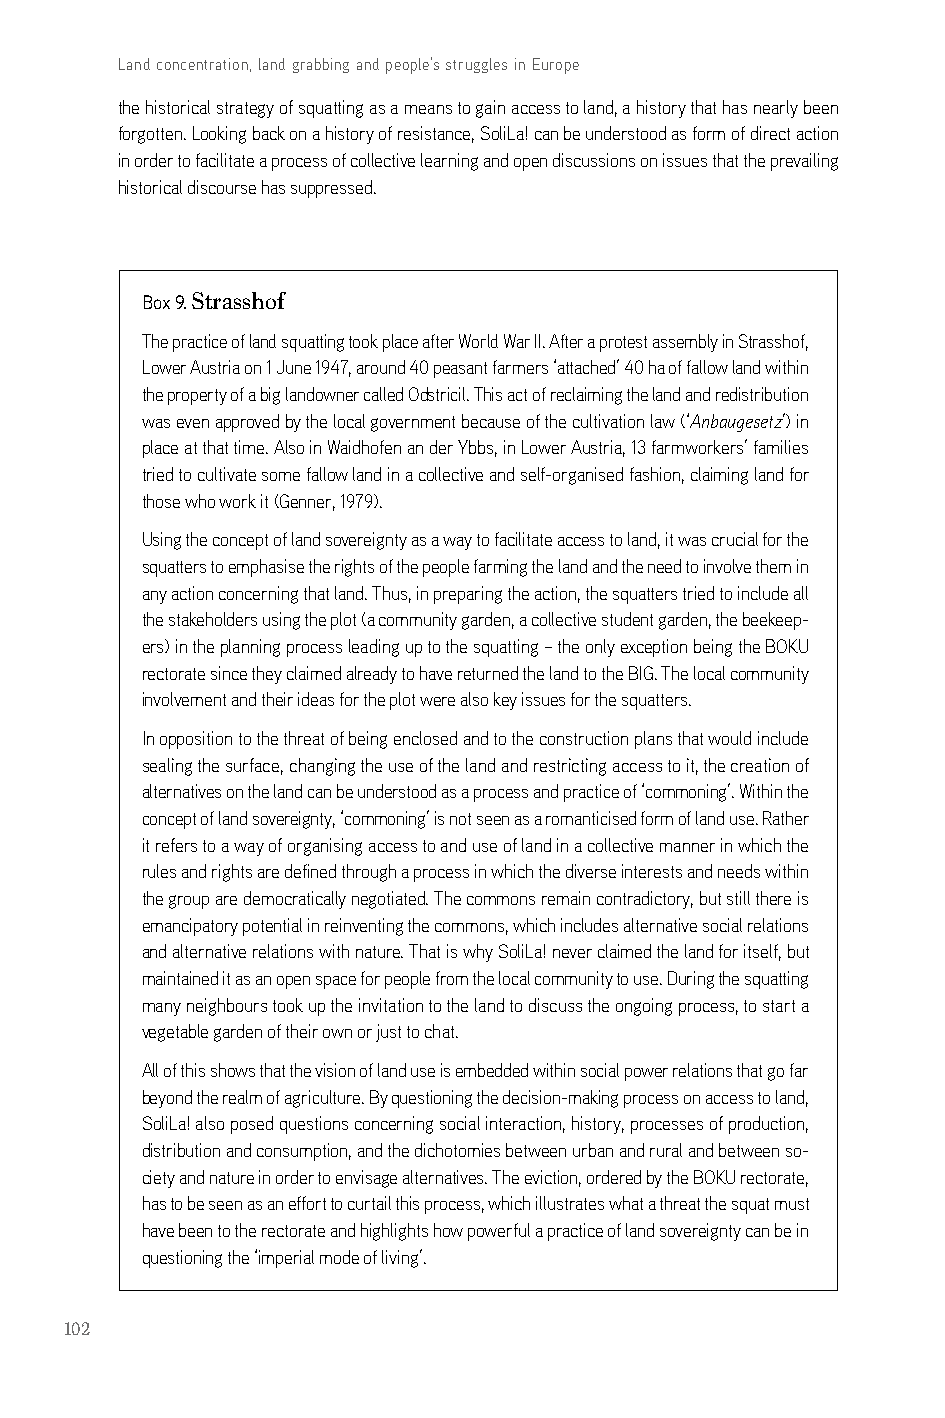
Land concentration, land grabbing and people’s struggles in Europe
 the historical strategy of squatting as a means to gain access to land, a history that has nearly been
 forgotten. looking back on a history of resistance, solila! can be understood as form of direct action
 in order to facilitate a process of collective learning and open discussions on issues that the prevailing
 historical discourse has suppressed.
 Box 9. Strasshof
 The practice of land squatting took place after World War ii. after a protest assembly in strasshof,
 lower austria on 1 June 1947, around 40 peasant farmers ‘attached’ 40 ha of fallow land within
 the property of a big landowner called odstricil. This act of reclaiming the land and redistribution
 was even approved by the local government because of the cultivation law (‘Anbaugesetz’) in
 place at that time. also in Waidhofen an der Ybbs, in lower austria, 13 farmworkers’ families
 tried to cultivate some fallow land in a collective and self-organised fashion, claiming land for
 those who work it (genner, 1979).
 Using the concept of land sovereignty as a way to facilitate access to land, it was crucial for the
 squatters to emphasise the rights of the people farming the land and the need to involve them in
 any action concerning that land. Thus, in preparing the action, the squatters tried to include all
 the stakeholders using the plot (a community garden, a collective student garden, the beekeep-
 ers) in the planning process leading up to the squatting – the only exception being the bokU
 rectorate since they claimed already to have returned the land to the big. The local community
 involvement and their ideas for the plot were also key issues for the squatters.
 in opposition to the threat of being enclosed and to the construction plans that would include
 sealing the surface, changing the use of the land and restricting access to it, the creation of
 alternatives on the land can be understood as a process and practice of ‘commoning’. Within the
 concept of land sovereignty, ‘commoning’ is not seen as a romanticised form of land use. rather
 it refers to a way of organising access to and use of land in a collective manner in which the
 rules and rights are defined through a process in which the diverse interests and needs within
 the group are democratically negotiated. The commons remain contradictory, but still there is
 emancipatory potential in reinventing the commons, which includes alternative social relations
 and alternative relations with nature. That is why solila! never claimed the land for itself, but
 maintained it as an open space for people from the local community to use. during the squatting
 many neighbours took up the invitation to the land to discuss the ongoing process, to start a
 vegetable garden of their own or just to chat.
 all of this shows that the vision of land use is embedded within social power relations that go far
 beyond the realm of agriculture. by questioning the decision-making process on access to land,
 solila! also posed questions concerning social interaction, history, processes of production,
 distribution and consumption, and the dichotomies between urban and rural and between so-
 ciety and nature in order to envisage alternatives. The eviction, ordered by the bokU rectorate,
 has to be seen as an effort to curtail this process, which illustrates what a threat the squat must
 have been to the rectorate and highlights how powerful a practice of land sovereignty can be in
 questioning the ‘imperial mode of living’.
 102